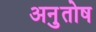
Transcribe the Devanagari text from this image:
अनुुतोष